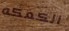
الكعكه